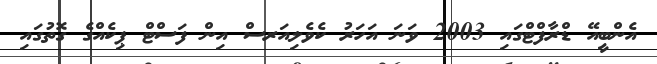
އެންބީއޭ ޑްރާފްޓްގައި 2003 ވަނަ އަހަރު ކެވެލިއަރސް އިން ފަސްޓް ޕިކެއްގެ ގޮތުގައި